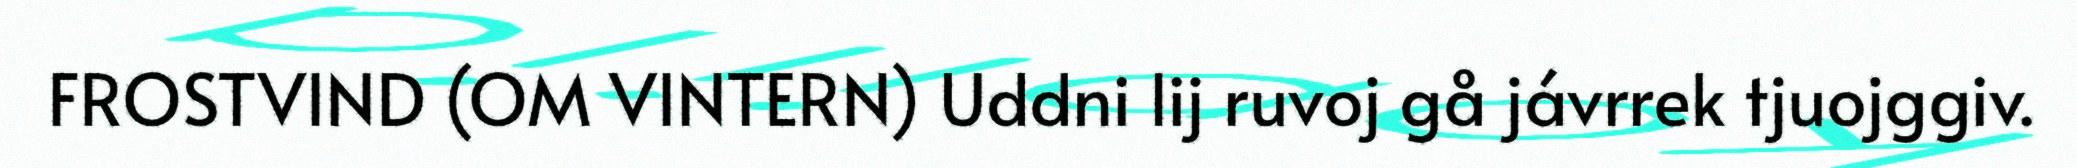
FROSTVIND (OM VINTERN) Uddni lij ruvoj gå jávrrek tjuojggiv.